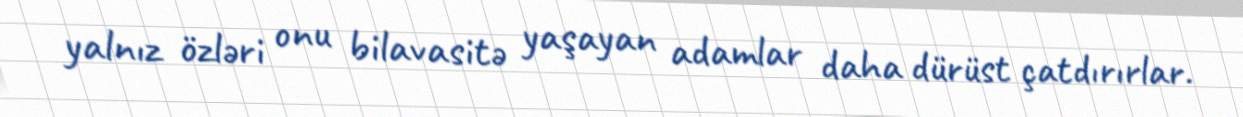
yalnız özləri onu bilavasitə yaşayan adamlar daha dürüst çatdırırlar.